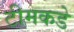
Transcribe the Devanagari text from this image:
टीमकडे